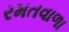
રમતવાળા